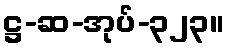
ဋ္ဌ-ဆ-အုပ်-၃၂၃။